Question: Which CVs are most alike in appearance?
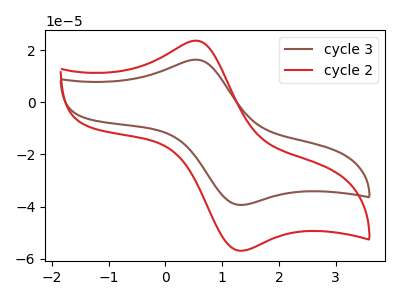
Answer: <think>The brown curve "cycle 3" has an anodic peak at (0.55V, 16.30uA) and a cathodic peak at (1.30V, -39.35uA). The red curve "cycle 2" has an anodic peak at (0.55V, 23.55uA) and a cathodic peak at (1.30V, -56.90uA).
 All the peaks in "cycle 3" have a peak in "cycle 2" at the same potential. Every peak in "cycle 3" is lower than every peak in "cycle 2".</think>
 <answer>"cycle 2" and "cycle 3" have the same shape and are likely CV's of the same chemical.</answer>
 <eval>"cycle 2" "cycle 3"</eval>